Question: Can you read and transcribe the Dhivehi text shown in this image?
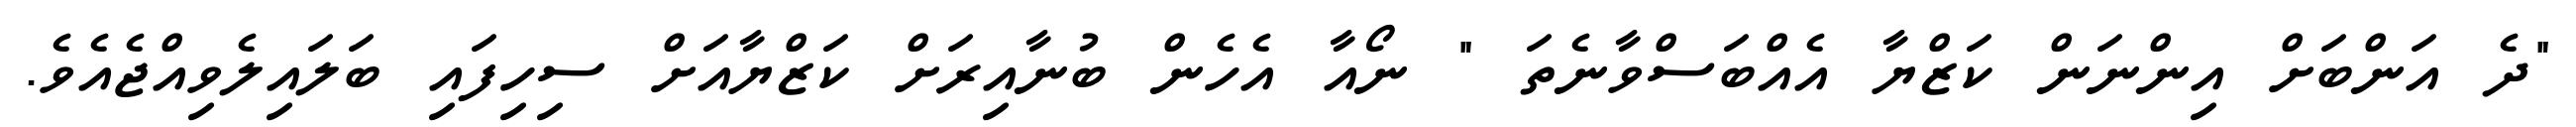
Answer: "ދެ އަންބަށް އިންނަން ކަޒްޔާ އެއްބަސްވާނެތަ " ނޯއާ އެހެން ބުނާއިރަށް ކަޒްޔާއަށް ސިހިފައި ބަލައިލެވިއްޖެއެވެ.